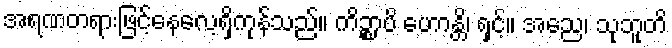
အရဏတရားဖြင့်နေလေ့ရှိကုန်သည်။ ကိဉ္စာပိ ဟောန္တိ၊ ရှင့်။ အညေ၊ သုဘူတိ